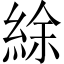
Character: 䋡